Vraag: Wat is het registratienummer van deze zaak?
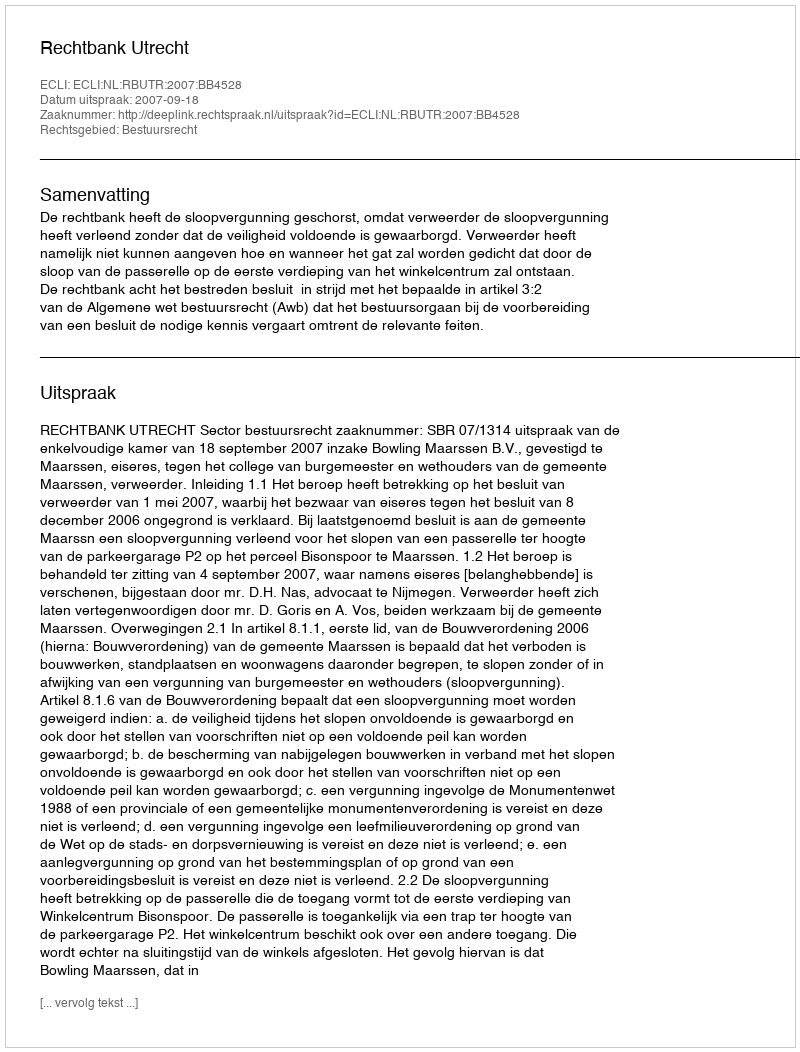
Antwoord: http://deeplink.rechtspraak.nl/uitspraak?id=ECLI:NL:RBUTR:2007:BB4528